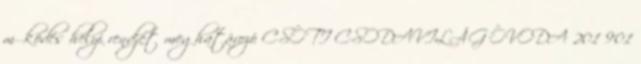
működés helyi rendjét meghatározó CSÓTI CSODAVILÁG ÓVODA 201 901